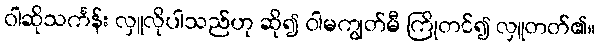
ဝါဆိုသင်္ကန်း လှူလိုပါသည်ဟု ဆို၍ ဝါမကျွတ်မီ ကြိုတင်၍ လှူတတ်၏။